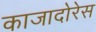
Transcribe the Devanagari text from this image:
काजादोरेस